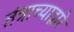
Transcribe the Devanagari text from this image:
तंत्राच्याद्वारे